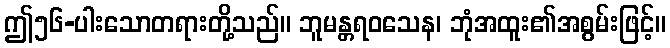
ဤ၅၆-ပါးသောတရားတို့သည်။ ဘူမန္တရဝသေန၊ ဘုံအထူး၏အစွမ်းဖြင့်။